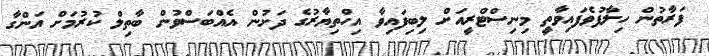
ފަރާތުން ހިލާފުވެފައިވާތީ މިނިސްޓްރީއަށް ލިބިފައިވާ އިހްތިޔާރުގެ ދަށުން އެއްބަސްވުން ބާތިލް ކުރުމަށް އަންގާ